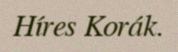
Híres Korák.